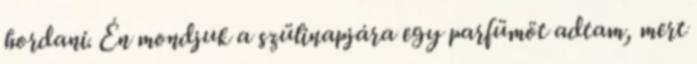
hordani. Én mondjuk a szülinapjára egy parfümöt adtam, mert